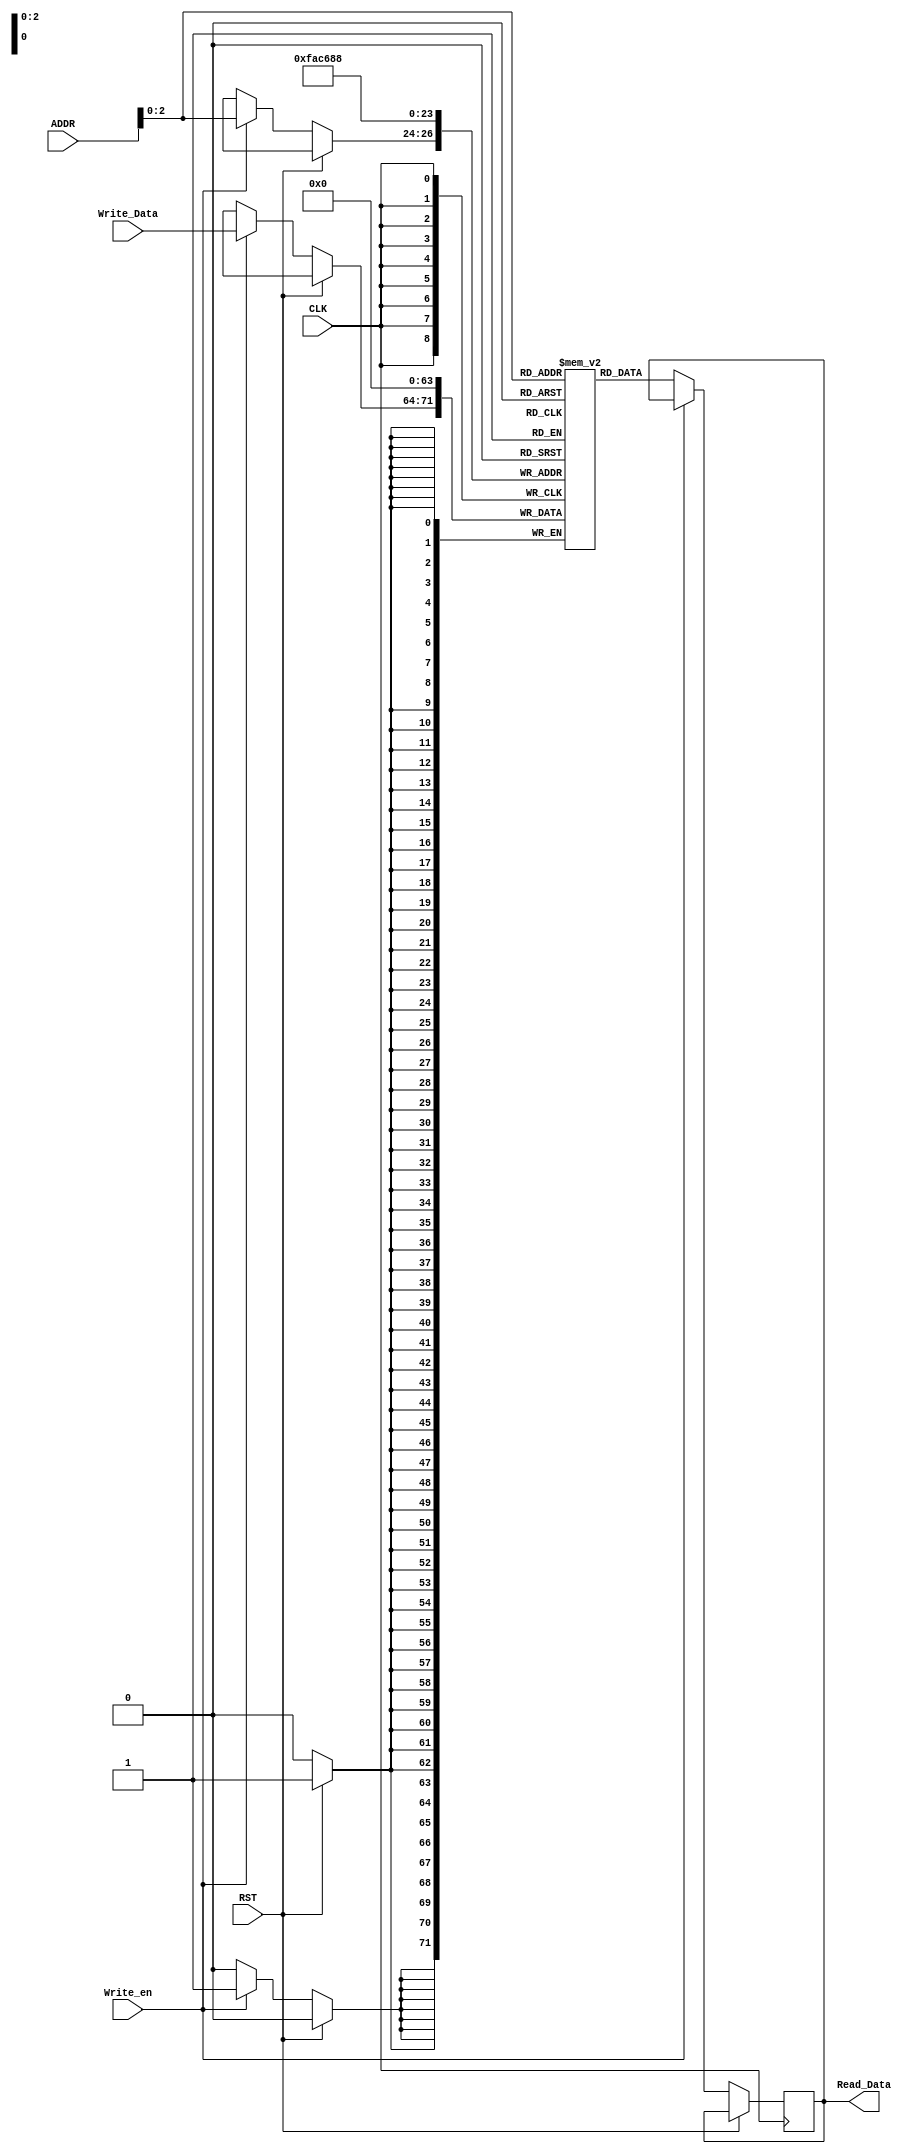
`timescale 1ns / 1ps
//////////////////////////////////////////////////////////////////////////////////
// Company: 
// Engineer: 
// 
// Design Name: 
// Module Name: RAM
// Project Name: 
// Target Devices: 
// Tool Versions: 
// Description: 
// 
// Dependencies: 
// 
// Revision:
// Revision 0.01 - File Created
// Additional Comments:
// 
//////////////////////////////////////////////////////////////////////////////////

module RAM(CLK, RST, Write_en, ADDR, Write_Data, Read_Data);
input CLK, RST, Write_en;
input [6:0] ADDR;
input [7:0] Write_Data;
output reg [7:0] Read_Data;

reg [7:0] mem [7:0]; //8 words each 8 bits

integer i; //loop iterator

always @ (posedge CLK) begin
	if(RST) begin //reset bits
		for(i=0; i<8; i=i+1) begin
		mem[i] <= 8'b0;
		end
	end
else begin
	if(Write_en)   //Write to the location indicated by input address
		mem[ADDR] <= Write_Data;
	else    //read from the word indicated by the input address
		Read_Data <= mem[ADDR];
	end
end
endmodule